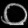
Digit: ၀